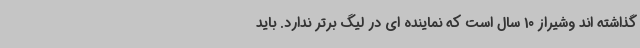
گذاشته اند وشیراز 10 سال است که نماینده ای در لیگ برتر ندارد. باید